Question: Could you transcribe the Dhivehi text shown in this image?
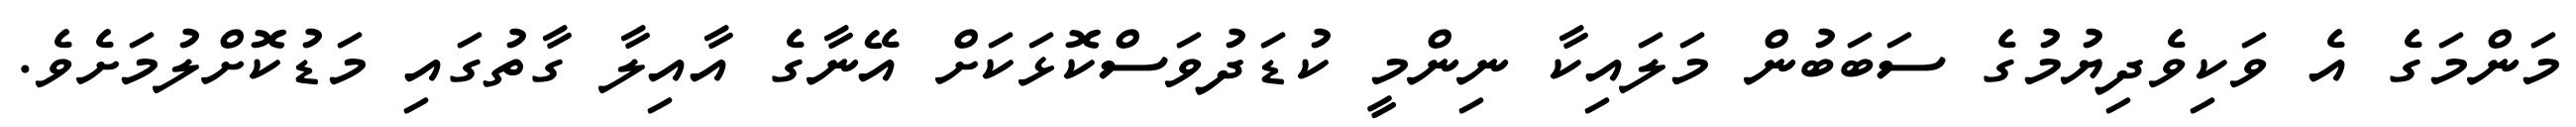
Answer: މަންމަގެ އެ ވަކިވެދިޔުމުގެ ސަބަބުން މަލައިކާ ނިންމީ ކުޑަދުވަސްކޮޅަކަށް އޭނާގެ އާއިލާ ގާތުގައި މަޑުކޮށްލުމަށެވެ.